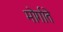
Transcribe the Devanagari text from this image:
मोर्गाते